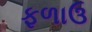
ફળાઉ